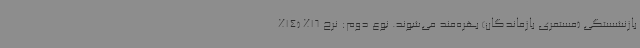
بازنشستگی (مستمری بازماندگان) بهره‌مند می‌شوند. نوع دوم: نرخ 16% (14%